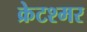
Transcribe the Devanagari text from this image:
क्रेटश्मर